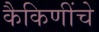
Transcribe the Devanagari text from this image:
कैकिणींचे